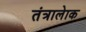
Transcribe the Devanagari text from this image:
तंत्रालेाक